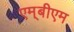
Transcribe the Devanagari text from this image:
एम्‌बीएम